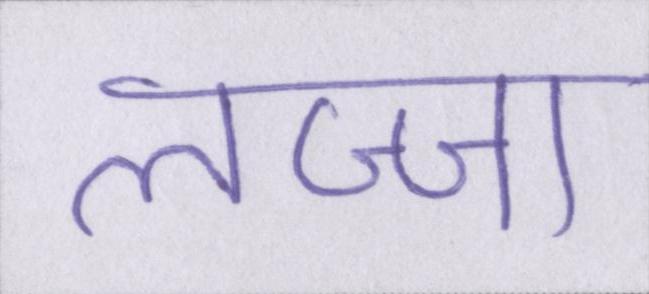
लज्जा